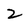
Character: Z